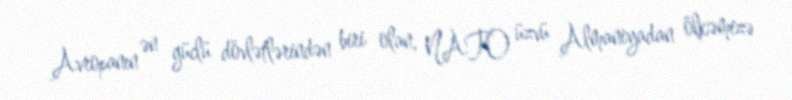
Avropanın ən güclü dövlətlərindən biri olan, NATO üzvü Almaniyadan ölkəmizə